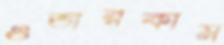
ওভারকাম